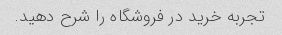
تجربه خرید در فروشگاه را شرح دهید.